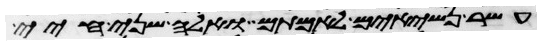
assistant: עשר נשיאים לאמתם ואלה שני חיי